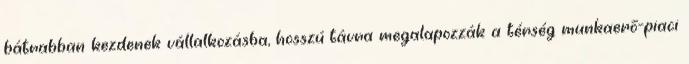
bátrabban kezdenek vállalkozásba, hosszú távra megalapozzák a térség munkaerő-piaci